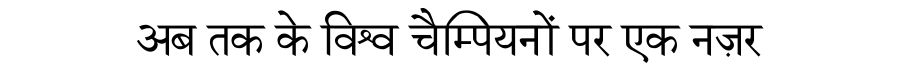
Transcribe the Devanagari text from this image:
अब तक के विश्व चैम्पियनों पर एक नज़र